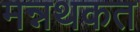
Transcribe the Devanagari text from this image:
मन्नथकत